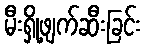
မီးရှို့ဖျက်ဆီးခြင်း